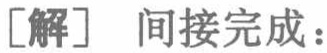
[解] 间接完成：